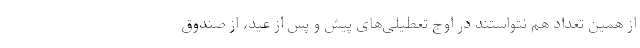
از همین تعداد هم نتواستند در اوج تعطیلی‌های پیش و پس از عید، از صندوق